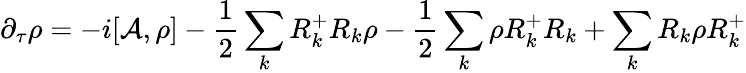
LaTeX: \partial_{\tau}\rho=-i[{\cal A},\rho]-\frac{1}{2}\sum_{k}R_{k}^{+}R_{k}\rho-\frac{1}{2}\sum_{k}\rho R_{k}^{+}R_{k}+\sum_{k}R_{k}\rho R_{k}^{+}